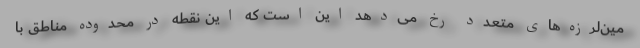
مین‌لرزه‌های متعدد رخ می‌دهد این است که این نقطه در محدوده مناطق با